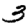
Digit: 3